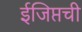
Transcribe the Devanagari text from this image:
ईजिप्तची